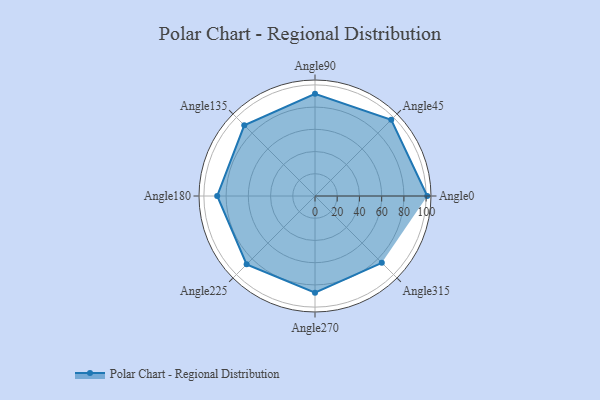
{"axis": {"x": "Angle", "y": "Radius"}, "legend": [""], "data": [{"x": "Angle0", "y": 101.0, "type": ""}, {"x": "Angle45", "y": 97.0, "type": ""}, {"x": "Angle90", "y": 92.0, "type": ""}, {"x": "Angle135", "y": 90.0, "type": ""}, {"x": "Angle180", "y": 88.0, "type": ""}, {"x": "Angle225", "y": 87.0, "type": ""}, {"x": "Angle270", "y": 87.0, "type": ""}, {"x": "Angle315", "y": 85.0, "type": ""}]}